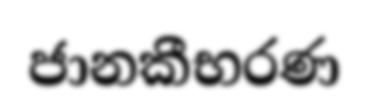
ජානකීභරණ